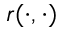
r ( \cdot , \cdot )